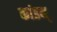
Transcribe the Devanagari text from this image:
कांडम्